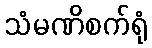
သံမဏိစက်ရုံ